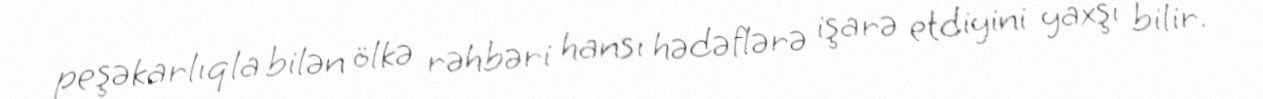
peşəkarlıqla bilən ölkə rəhbəri hansı hədəflərə işarə etdiyini yaxşı bilir.